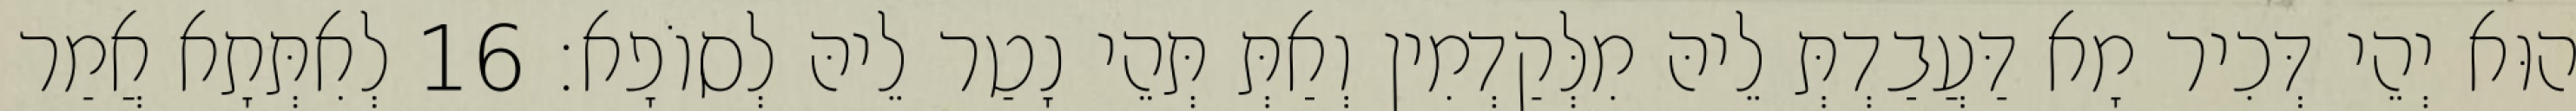
הוּא יְהֵי דְּכִיר מָא דַּעֲבַדְתְּ לֵיהּ מִלְּקַדְמִין וְאַתְּ תְּהֵי נָטַר לֵיהּ לְסוֹפָא׃ 16 לְאִתְּתָא אֲמַר